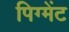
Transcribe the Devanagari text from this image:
पिग्मेंट